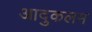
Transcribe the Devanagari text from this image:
आदुकलम